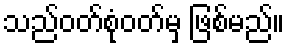
သည်ဝတ်စုံဝတ်မှ ဖြစ်မည်။